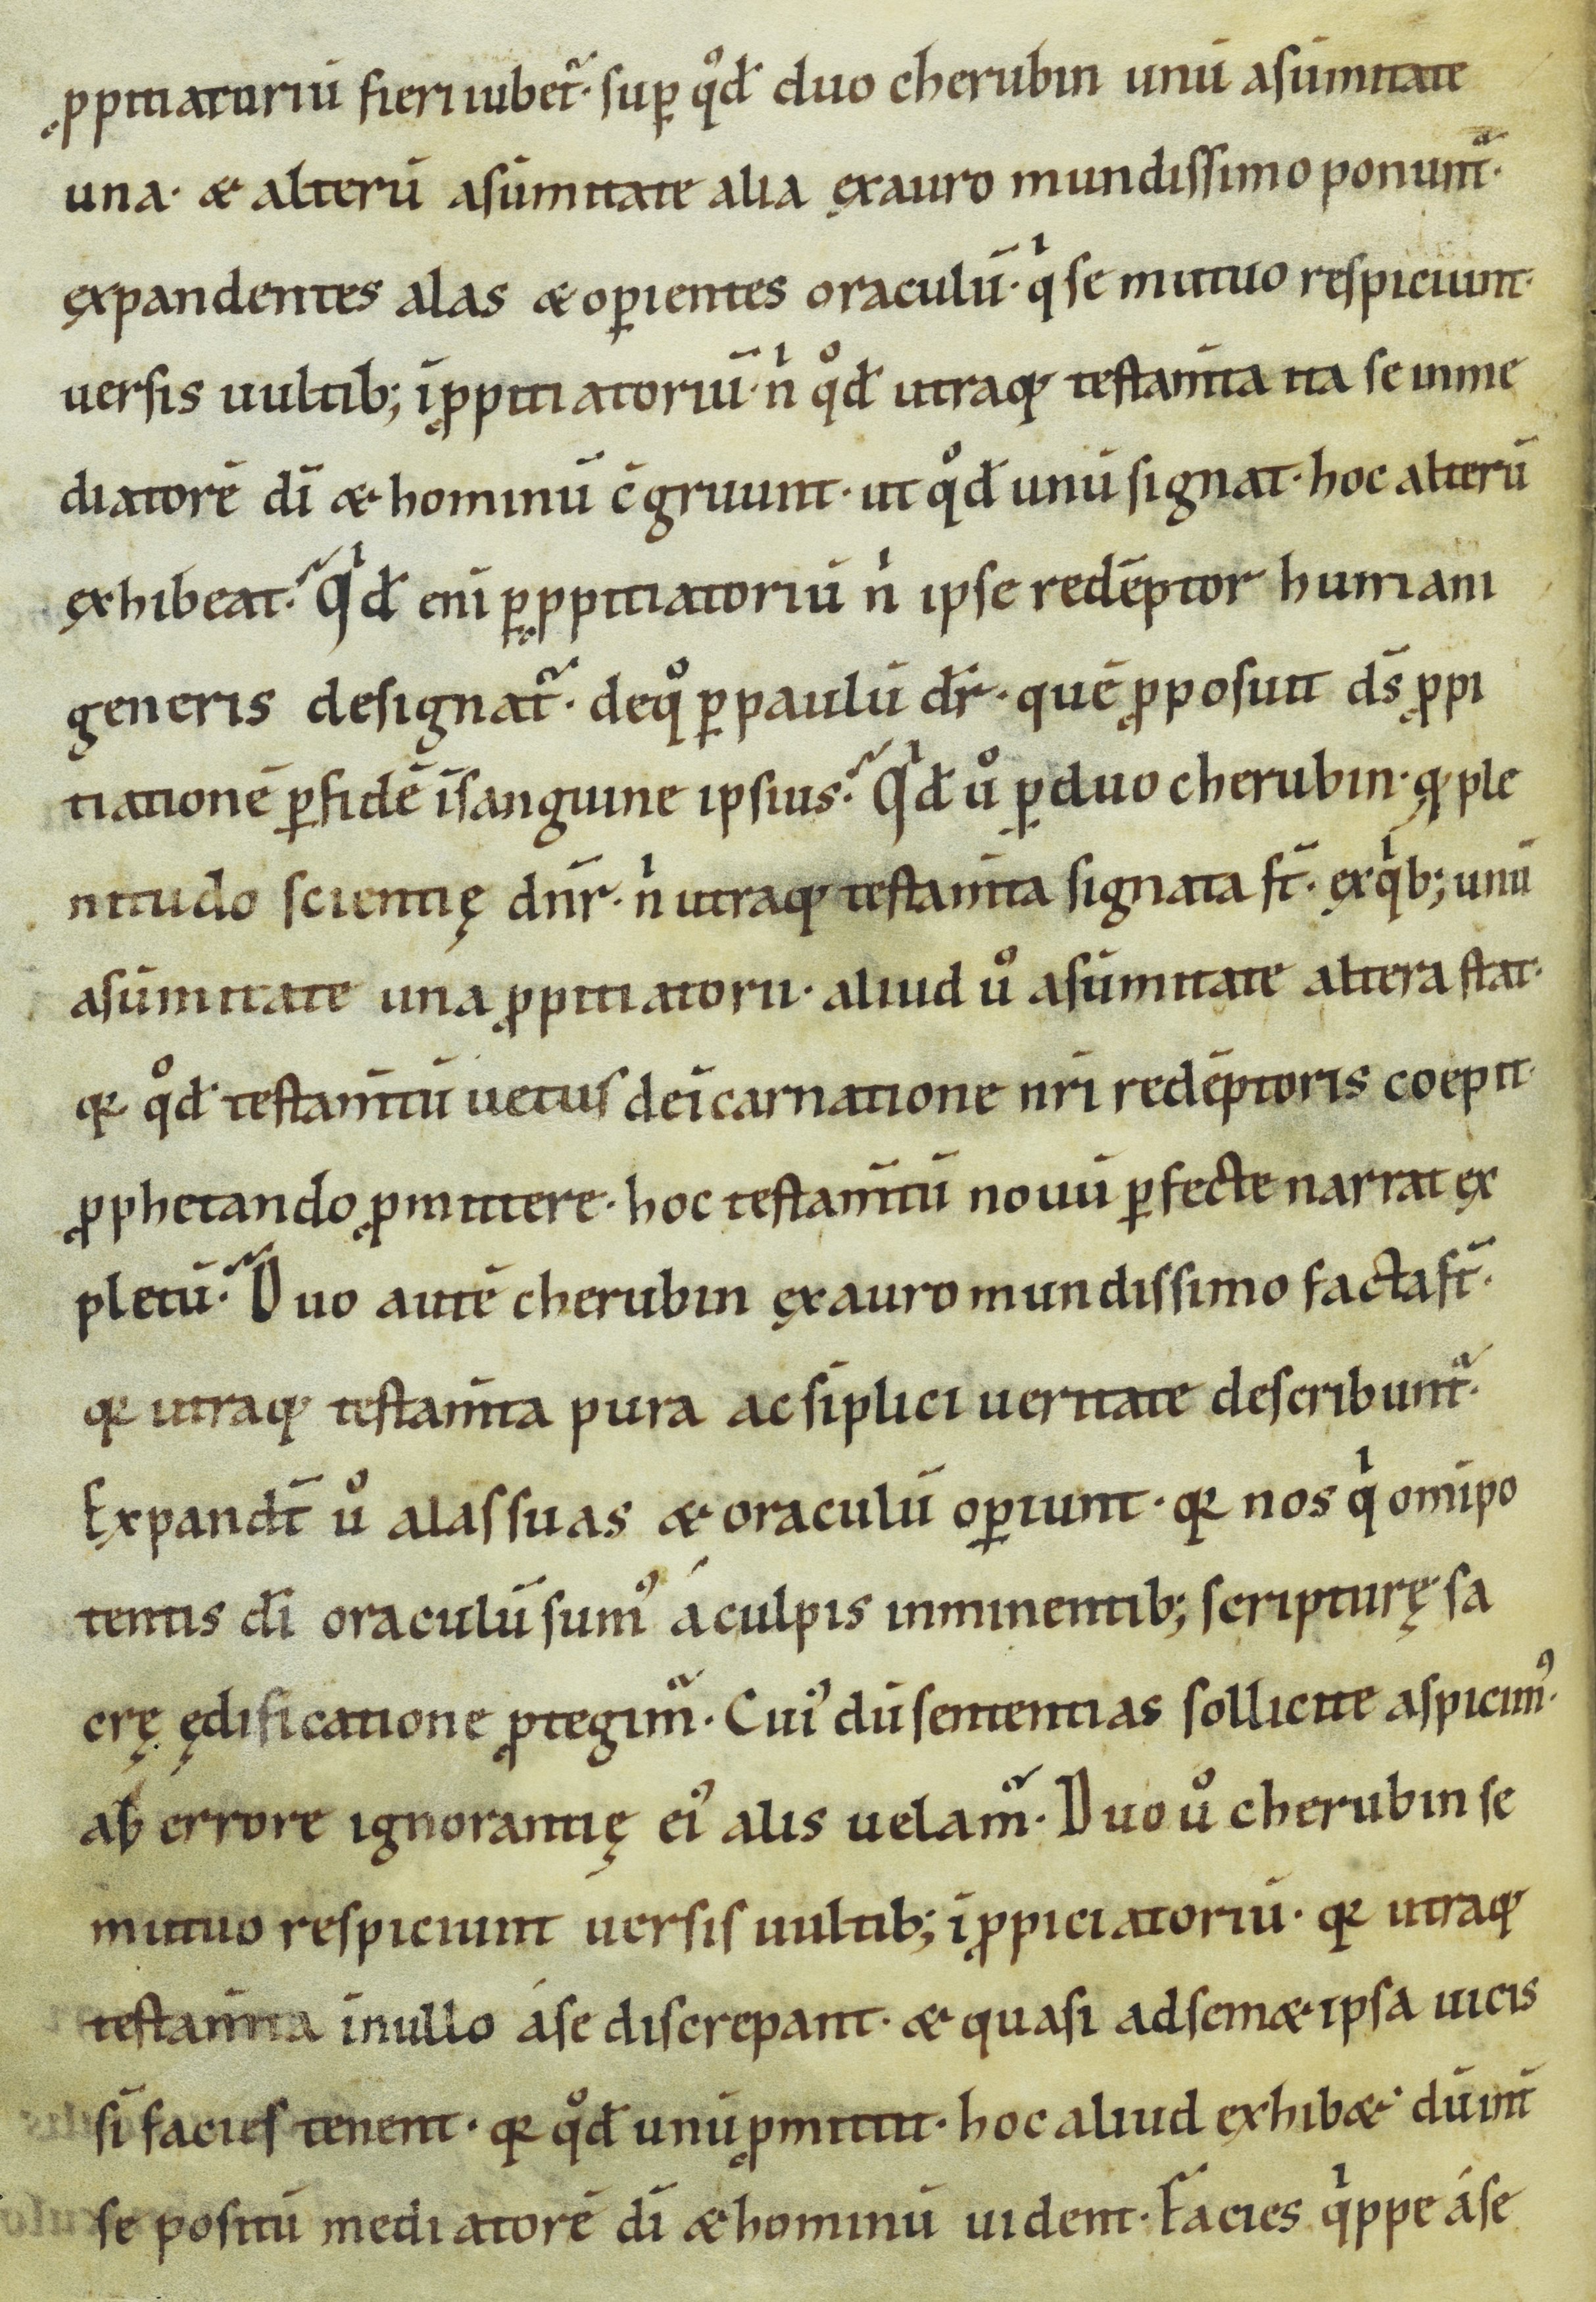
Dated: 1000–1099